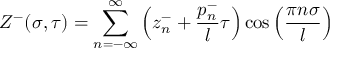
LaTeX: Z ^ { - } ( \sigma , \tau ) = \sum _ { n = - \infty } ^ { \infty } \left( z _ { n } ^ { - } + \frac { p _ { n } ^ { - } } { l } \tau \right) \cos \left( \frac { \pi n \sigma } { l } \right)